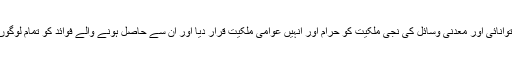
تو اللہ سبحانہ و تعالیٰ نے توانائی اور معدنی وسائل کی نجی ملکیت کو حرام اور انہیں عوامی ملکیت قرار دیا اور ان سے حاصل ہونے والے فوائد کو تمام لوگوں تک پہنچانے کا حکم دیا ۔